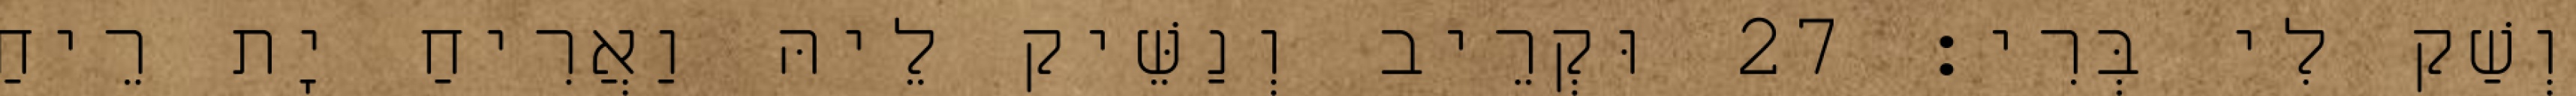
וְשַׁק לִי בְּרִי׃ 27 וּקְרֵיב וְנַשֵּׁיק לֵיהּ וַאֲרִיחַ יָת רֵיחַ